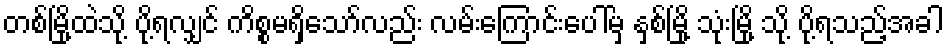
တစ်မြို့ထဲသို့ ပို့ရလျှင် ကိစ္စမရှိသော်လည်း လမ်းကြောင်းပေါ်မှ နှစ်မြို့ သုံးမြို့ သို့ ပို့ရသည့်အခါ